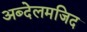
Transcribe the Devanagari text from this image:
अब्देलमजिद